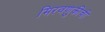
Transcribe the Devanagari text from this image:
मिरवणुकीची